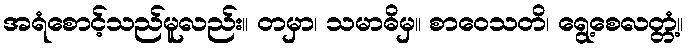
အရံစောင့်သည်မူလည်း။ တမှာ၊ သမာဓိမှ။ စာဝေသတိ၊ ရွေ့စေလတ္တံ့။